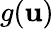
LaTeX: g(\mathbf{u})